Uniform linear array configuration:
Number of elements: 12
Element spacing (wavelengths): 1
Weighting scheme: uniform
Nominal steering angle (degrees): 0
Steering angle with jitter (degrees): -1.873
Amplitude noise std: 0.05
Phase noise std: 0.05

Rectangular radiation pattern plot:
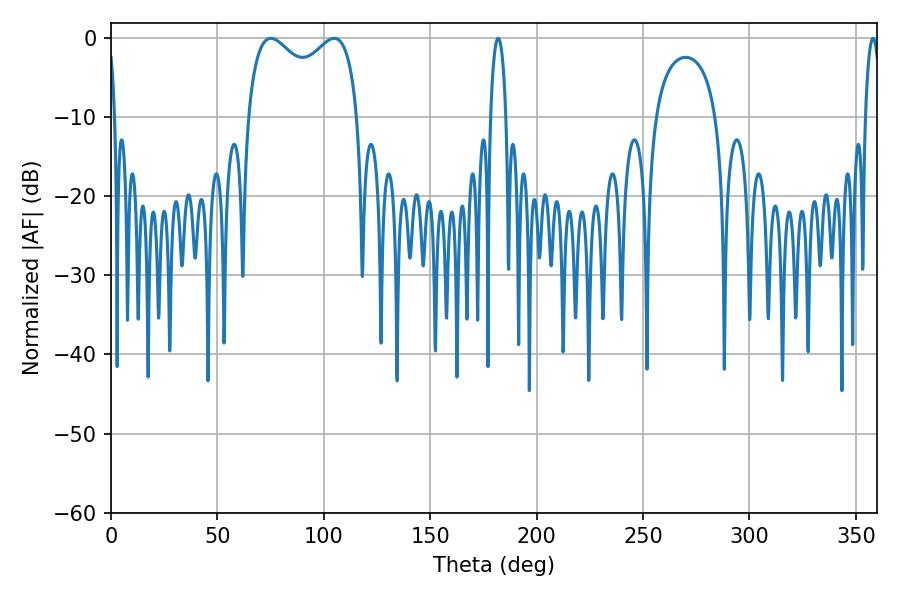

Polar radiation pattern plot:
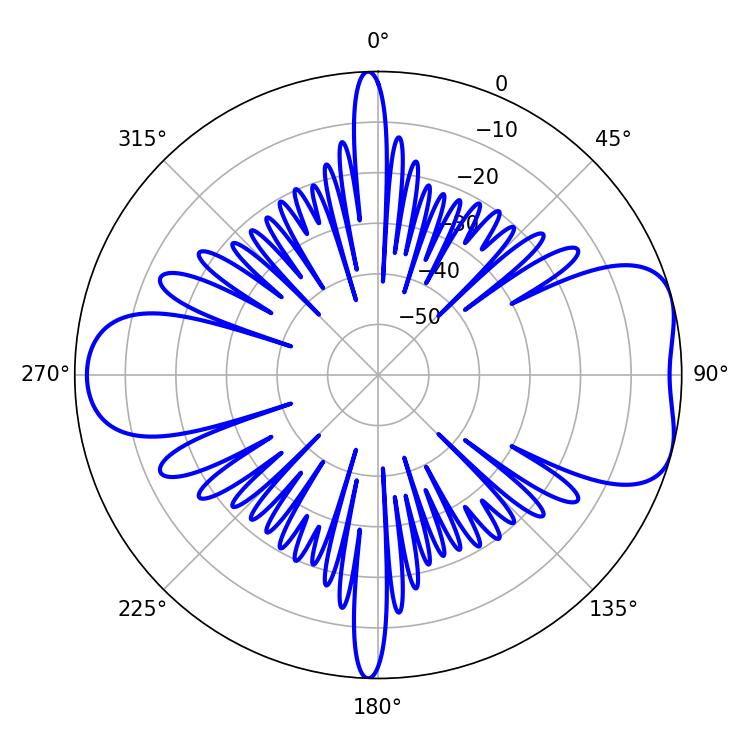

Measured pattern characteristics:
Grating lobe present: TRUE
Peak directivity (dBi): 6.88
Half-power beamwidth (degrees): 43.2
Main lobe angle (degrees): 75.06